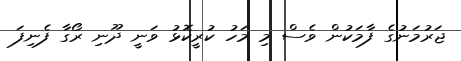
ޖަރުމަނުގެ ފާމަކުން ވެސް މި މަހު ކުރީކޮޅު ވަނީ ދޫނި ރޯގާ ފެނިފަ